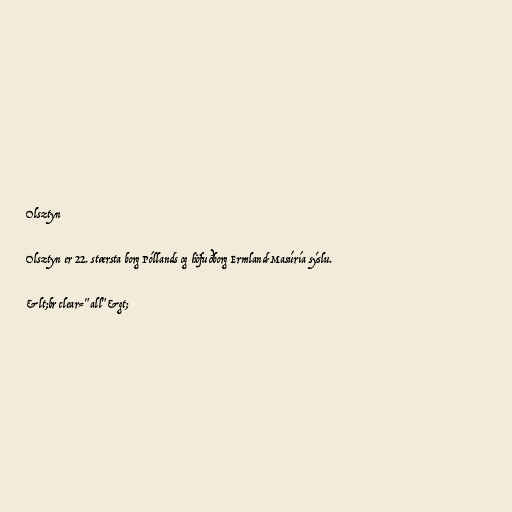
Olsztyn

Olsztyn er 22. stærsta borg Póllands og höfuðborg Ermland-Masúría sýslu.

&lt;br clear="all"&gt;